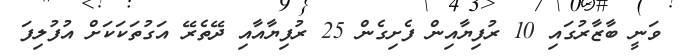
ވަނީ ބާޒާރުގައި 10 ރުފިޔާއިން ފެށިގެން 25 ރުފިޔާއާއި ދޭތެރޭ އަގުތަކަކަށް އުފުލިފަ